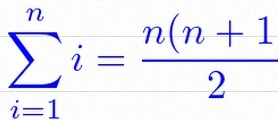
\sum_{i=1}^{n}i=\frac{n(n+1)}2